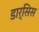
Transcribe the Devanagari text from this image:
डार्सिस